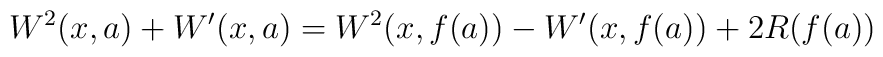
W^2(x,a)+W'(x,a)=W^2(x,f(a))-W'(x,f(a))+2R(f(a))